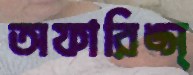
অফারিঙ্স্